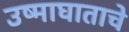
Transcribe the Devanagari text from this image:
उष्माघाताचे